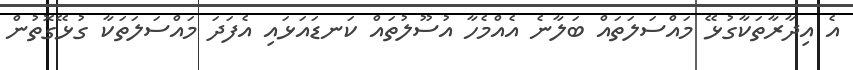
އެ އިދާރާތަކާގުޅޭ މައްސަލަތައް ބަލާނެ އެއްމެހާ އުސޫލުތައް ކަނޑައަޅައި އެފަދަ މައްސަލަތަކާ ގުޅޭގޮތުން